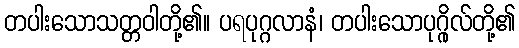
တပါးသောသတ္တဝါတို့၏။ ပရပုဂ္ဂလာနံ၊ တပါးသောပုဂ္ဂိုလ်တို့၏